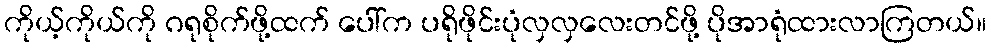
ကိုယ့်ကိုယ်ကို ဂရုစိုက်ဖို့ထက် ပေါ်က ပရိုဖိုင်းပုံလှလှလေးတင်ဖို့ ပိုအာရုံထားလာကြတယ်။